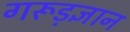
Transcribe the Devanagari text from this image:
गरूड़ज्ञान